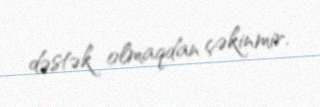
dəstək olmaqdan çəkinmir.